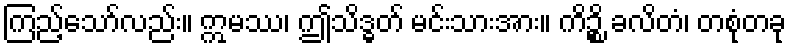
ကြည့်သော်လည်း။ ဣမဿ၊ ဤသိဒ္ဓတ် မင်းသားအား။ ကိဉ္စိ ခလိတံ၊ တစုံတခု